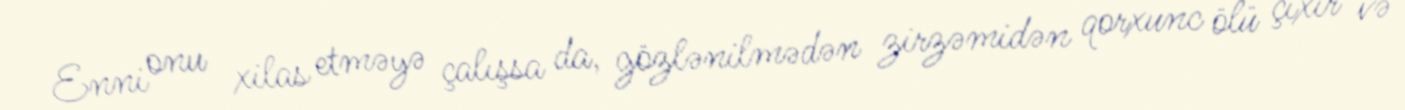
Enni onu xilas etməyə çalışsa da, gözlənilmədən zirzəmidən qorxunc ölü çıxır və